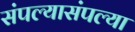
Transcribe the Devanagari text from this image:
संपल्यासंपल्या